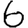
Digit: 6